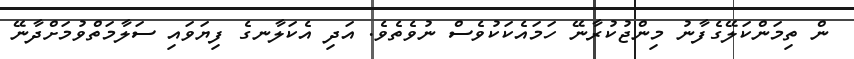
ން ތިމަންކަލޭގެފާނު މިންޖުކުރާނޭ ހަމައެކަކުވެސް ނުވެތެވެ. އަދި އެކަލާނގެ ފިޔަވައި ސަލާމަތްވުމަށްދާނޭ